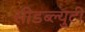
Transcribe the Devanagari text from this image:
सीडब्ल्युटी